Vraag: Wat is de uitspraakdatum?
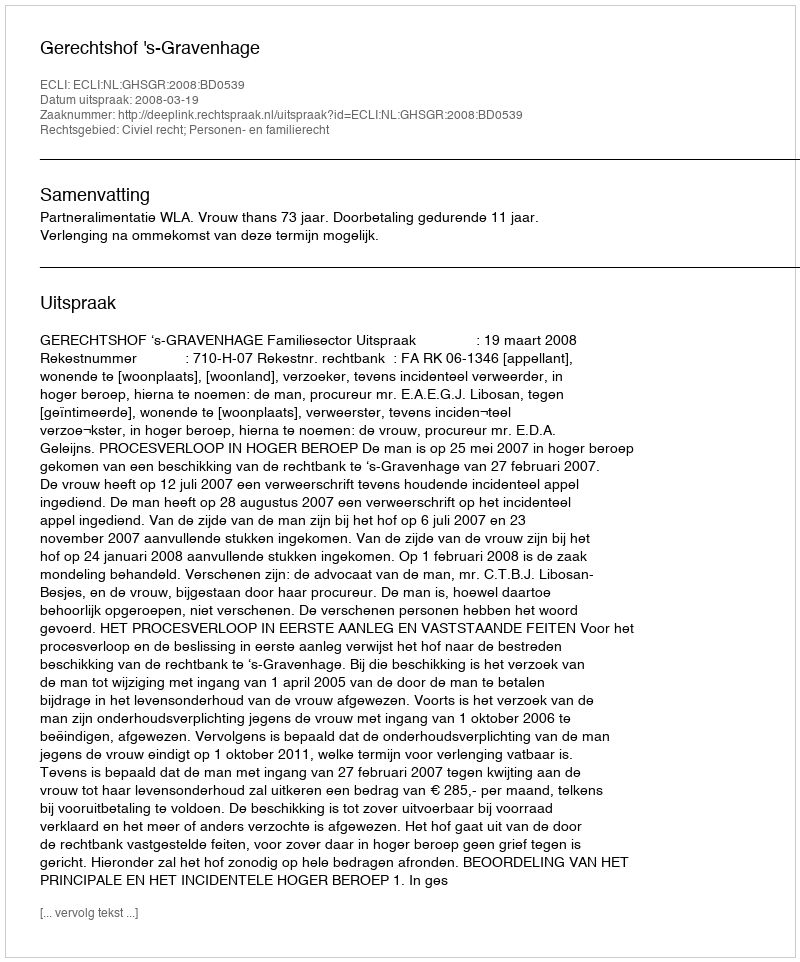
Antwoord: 2008-03-19